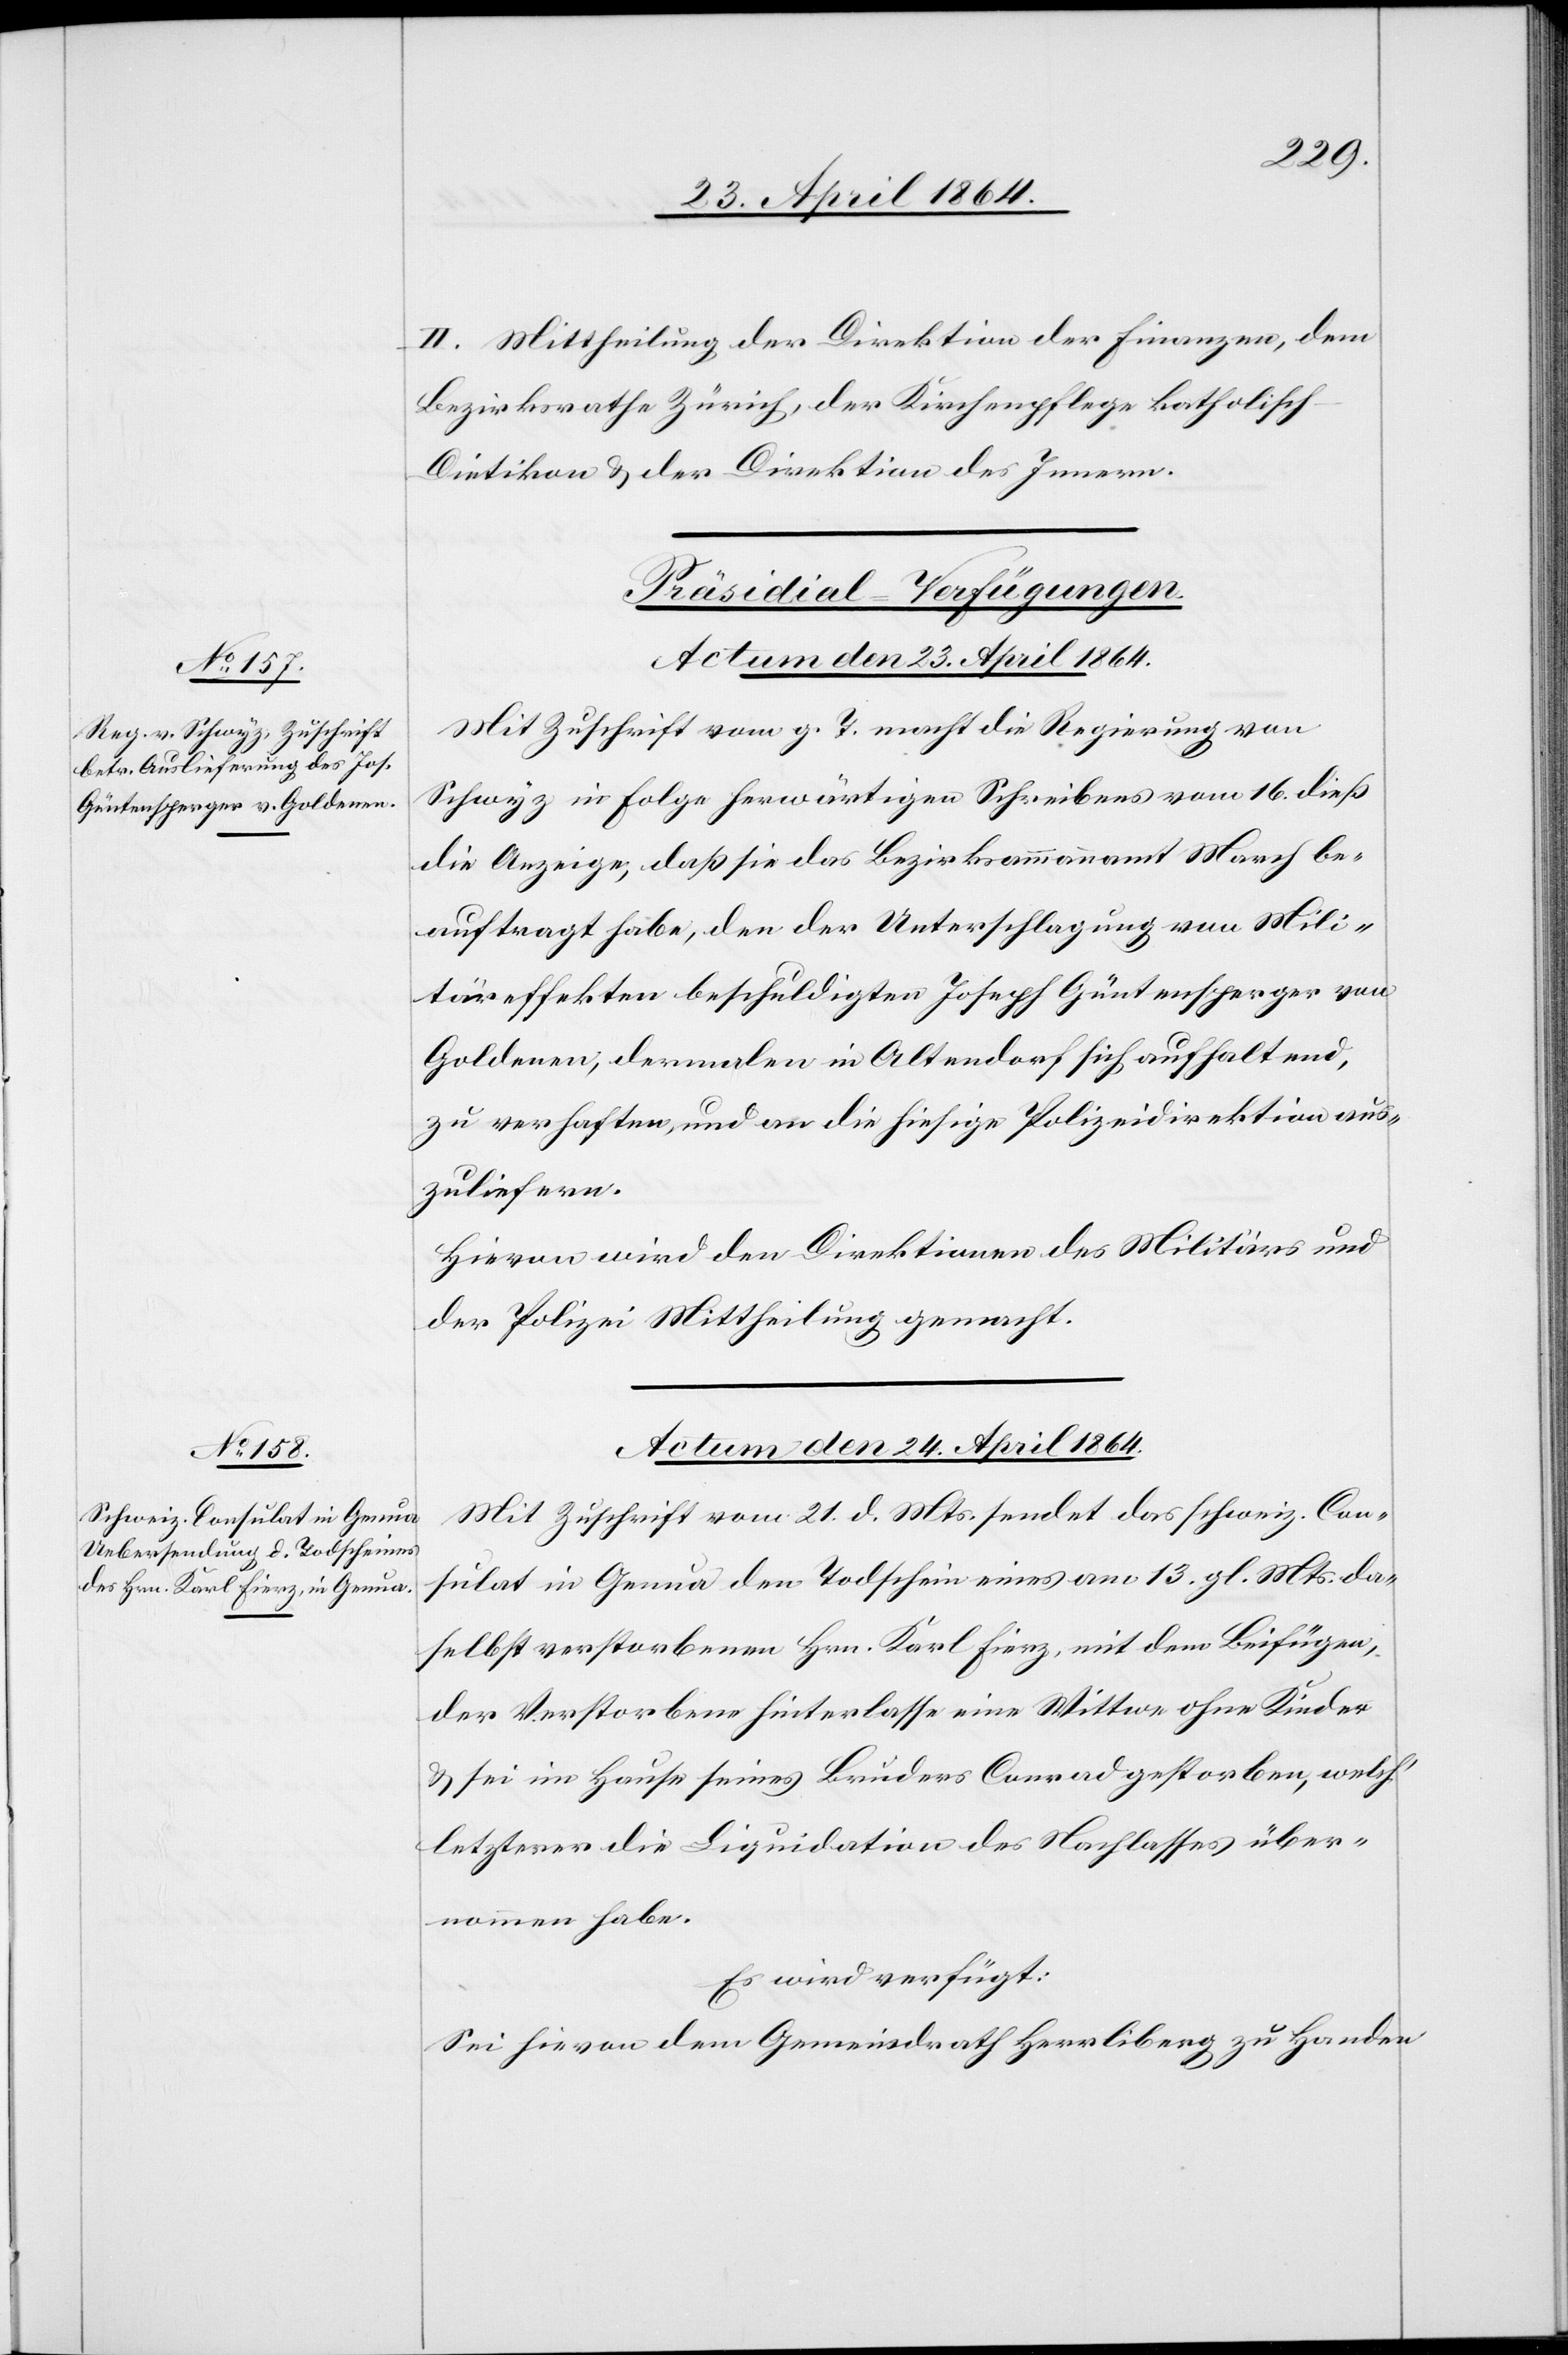
II. Mittheilung der Direktion der Finanzen, dem
Bezirksrathe Zürich, der Kirchenpflege katholisch-D¬
ietikon u. der Direktion des Innern.
[Präsidial-Verfügungen.]
Actum den 23. April 1864.
Mit Zuschrift vom g. T. macht die Regierung von
Schwyz in Folge herwärtigen Schreibens vom 16. dieß
die Anzeige, daß sie das Bezirksammannamt March be¬
auftragt habe, den der Unterschlagung von Mili¬
täreffekten beschuldigten Joseph Güntensperger von
Goldenen, derweilen in Altendorf sich aufhaltend,
zu verhaften, und an die hiesige Polizeidirektion aus¬
zuliefern.
Hievon wird den Direktionen des Militärs und
der Polizei Mittheilung gemacht.
Actum den 24. April 1864.
Mit Zuschrift vom 21. d. Mts. sendet das schweiz. Con¬
sulat in Genua den Todschein eines am 13. gl. Mts. da¬
selbst verstorbenen Hrn. Karl Fierz, mit dem Beifügen,
der Verstorbene hinterlasse eine Wittwe ohne Kinder
u. sei im Hause seines Bruders Conrad gestorben, welch’
letzterer die Liquidation des Nachlasses über¬
nommen habe.
Es wird verfügt:
Sei hievon dem Gemeindrath Herrliberg zu Handen